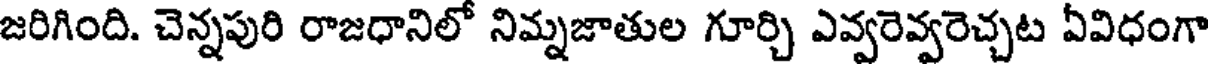
జరిగింది. చెన్నపురి రాజధానిలో నిమ్నజాతుల గూర్చి ఎవ్వరెవ్వరెచ్చట ఏవిధంగా